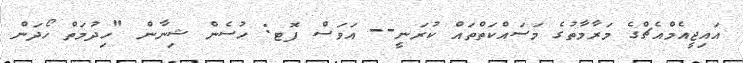
އައިޖީއެމްއެޗްގެ މަރާމާތުގެ މަސައްކަތްތައް ކުރަނީ-- އަވަސް ފޮޓ: ހުސެން ޝިނާން "ހިދުމަތް ހޯދަން